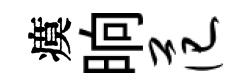
瘼晌范